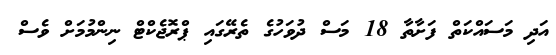
އަދި މަސައްކަތް ފަށާތާ 18 މަސް ދުވަހުގެ ތެރޭގައި ޕްރޮޖެކްޓް ނިންމުމަށް ވެސް